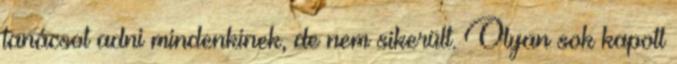
tanácsot adni mindenkinek, de nem sikerült. Olyan sok kapott